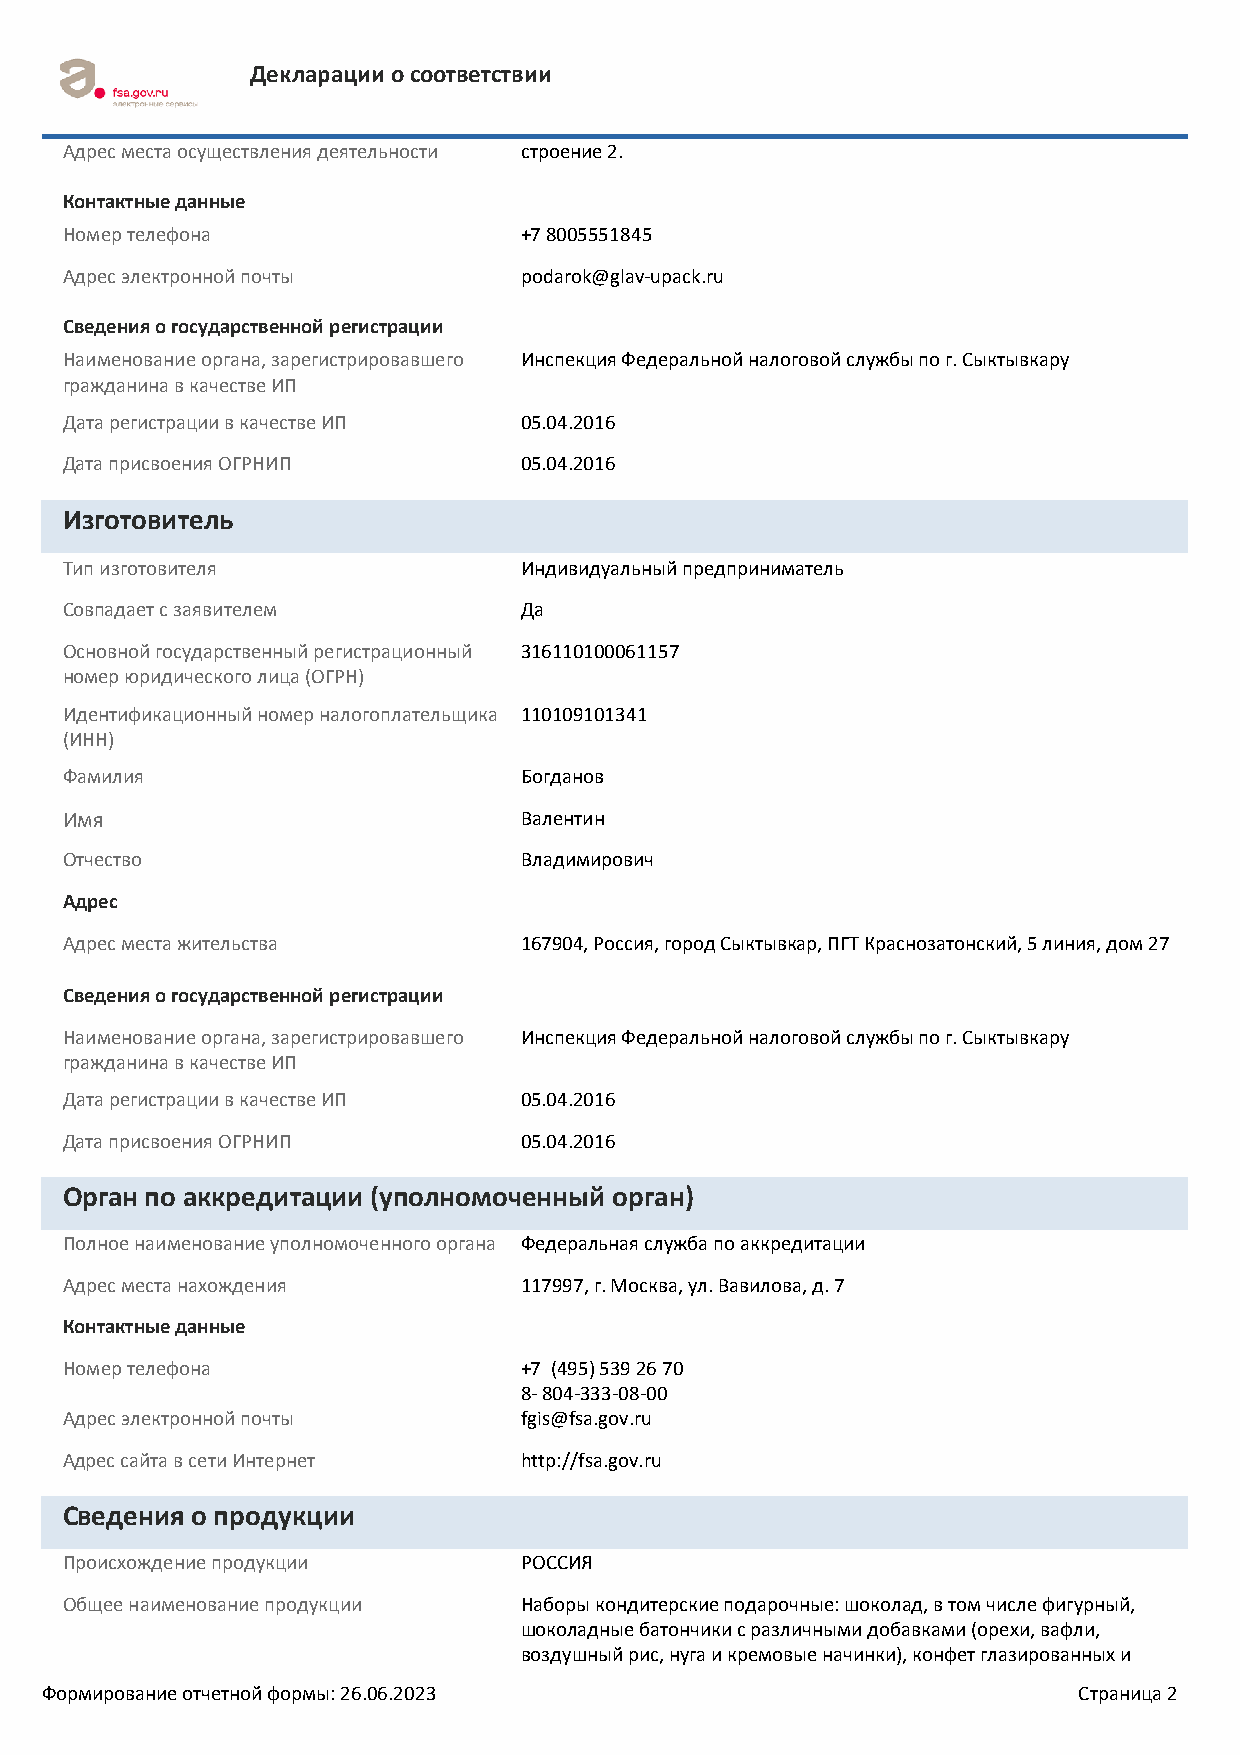
Декларации о соответствии
 Адрес места осуществления деятельности строение 2.
 Контактные данные
 Номер телефона                +7 8005551845
 Адрес электронной почты       podarok@glav-upack.ru
 Сведения о государственной регистрации
 Наименование органа, зарегистрировавшего Инспекция Федеральной налоговой службы по г. Сыктывкару
 гражданина в качестве ИП
 Дата регистрации в качестве ИП 05.04.2016
 Дата присвоения ОГРНИП        05.04.2016
 Изготовитель
 Тип изготовителя              Индивидуальный предприниматель
 Совпадает с заявителем        Да
 Основной государственный регистрационный 316110100061157
 номер юридического лица (ОГРН)
 Идентификационный номер налогоплательщика 110109101341
 (ИНН)
 Фамилия                       Богданов
 Имя                           Валентин
 Отчество                      Владимирович
 Адрес
 Адрес места жительства        167904, Россия, город Сыктывкар, ПГТ Краснозатонский, 5 линия, дом 27
 Сведения о государственной регистрации
 Наименование органа, зарегистрировавшего Инспекция Федеральной налоговой службы по г. Сыктывкару
 гражданина в качестве ИП
 Дата регистрации в качестве ИП 05.04.2016
 Дата присвоения ОГРНИП        05.04.2016
 Орган по аккредитации (уполномоченный орган)
 Полное наименование уполномоченного органа Федеральная служба по аккредитации
 Адрес места нахождения        117997, г. Москва, ул. Вавилова, д. 7
 Контактные данные
 Номер телефона                +7 (495) 539 26 70
 8- 804-333-08-00
 Адрес электронной почты       fgis@fsa.gov.ru
 Адрес сайта в сети Интернет   http://fsa.gov.ru
 Сведения о продукции
 Происхождение продукции       РОССИЯ
 Общее наименование продукции  Наборы кондитерские подарочные: шоколад, в том числе фигурный,
 шоколадные батончики с различными добавками (орехи, вафли,
 воздушный рис, нуга и кремовые начинки), конфет глазированных и
 Формирование отчетной формы: 26.06.2023                             Страница 2